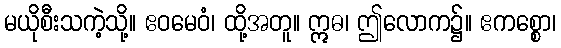
မယိုစီးသကဲ့သို့။ ဧဝမေဝံ၊ ထို့အတူ။ ဣဓ၊ ဤလောက၌။ ဧကစ္စော၊